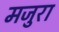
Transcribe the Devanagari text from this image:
मजुरा